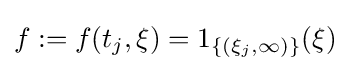
f:=f(t_{j},\xi )=1_{\{(\xi _{j},\infty )\}}(\xi )